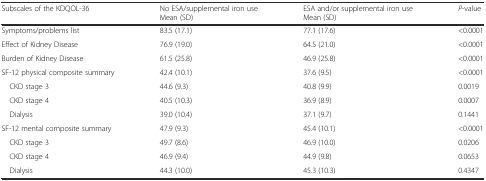
<table><thead><tr><td><b>Subscales of the KDQOL-36</b></td><td><b>No ESA/supplemental iron useMean (SD)</b></td><td><b>ESA and/or supplemental iron useMean (SD)</b></td><td><b><i>P</i>-value</b></td></tr></thead><tbody><tr><td>Symptoms/problems list</td><td>83.5 (17.1)</td><td>77.1 (17.6)</td><td>&lt;0.0001</td></tr><tr><td>Effect of Kidney Disease</td><td>76.9 (19.0)</td><td>64.5 (21.0)</td><td>&lt;0.0001</td></tr><tr><td>Burden of Kidney Disease</td><td>61.5 (25.8)</td><td>46.9 (25.8)</td><td>&lt;0.0001</td></tr><tr><td>SF-12 physical composite summary</td><td>42.4 (10.1)</td><td>37.6 (9.5)</td><td>&lt;0.0001</td></tr><tr><td> CKD stage 3</td><td>44.6 (9.3)</td><td>40.8 (9.9)</td><td>0.0019</td></tr><tr><td> CKD stage 4</td><td>40.5 (10.3)</td><td>36.9 (8.9)</td><td>0.0007</td></tr><tr><td> Dialysis</td><td>39.0 (10.4)</td><td>37.1 (9.7)</td><td>0.1441</td></tr><tr><td>SF-12 mental composite summary</td><td>47.9 (9.3)</td><td>45.4 (10.1)</td><td>&lt;0.0001</td></tr><tr><td> CKD stage 3</td><td>49.7 (8.6)</td><td>46.9 (10.0)</td><td>0.0206</td></tr><tr><td> CKD stage 4</td><td>46.9 (9.4)</td><td>44.9 (9.8)</td><td>0.0653</td></tr><tr><td> Dialysis</td><td>44.3 (10.0)</td><td>45.3 (10.3)</td><td>0.4347</td></tr></tbody></table>